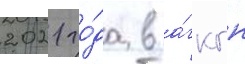
2021 го́да в а́гкгн